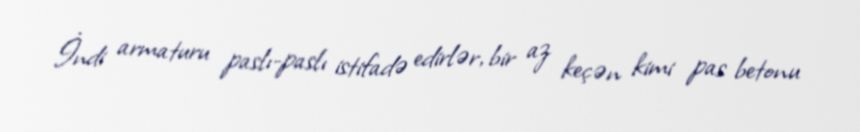
İndi armaturu paslı-paslı istifadə edirlər, bir az keçən kimi pas betonu